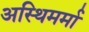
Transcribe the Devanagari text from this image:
अस्थिमर्मा